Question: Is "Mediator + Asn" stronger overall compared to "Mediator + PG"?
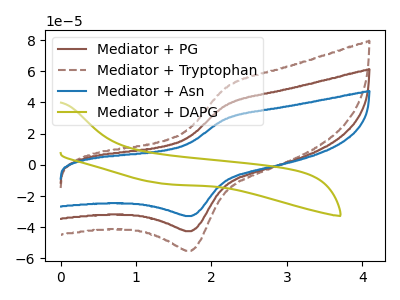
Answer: <think>The brown curve "Mediator + PG" has an anodic peak at (2.20V, 38.25uA) and a cathodic peak at (1.75V, -42.55uA). The brown dashed curve "Mediator + Tryptophan" has an anodic peak at (2.20V, 76.50uA) and a cathodic peak at (1.75V, -85.10uA). The blue curve "Mediator + Asn" has an anodic peak at (2.20V, 29.55uA) and a cathodic peak at (1.75V, -32.85uA). The olive curve "Mediator + DAPG" has no peaks.
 All the peaks in "Mediator + Asn" have a peak in "Mediator + PG" at the same potential. Every peak in "Mediator + Asn" is lower than every peak in "Mediator + PG".</think>
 <answer>"Mediator + Asn" has less signal than "Mediator + PG".</answer>
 <eval>less_signal</eval>